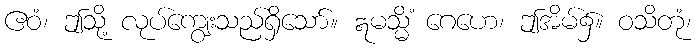
ဧဝံ၊ ဤသို့ လုပ်ကျွေးသည်ရှိသော်။ ဣမသ္မိံ ဂေဟေ၊ ဤအိမ်၌။ ဝသိတုံ၊